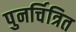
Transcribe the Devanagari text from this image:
पुनर्चित्रित